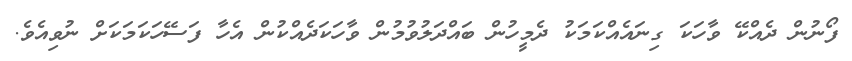
ފޯނުން ދެއްކޭ ވާހަކަ ގިނައެއްކަމަކު ދެމީހުން ބައްދަލުވުމުން ވާހަކަދެއްކުން އެހާ ފަސޭހަކަމަކަށް ނުވިއެވެ.